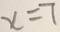
x = 7